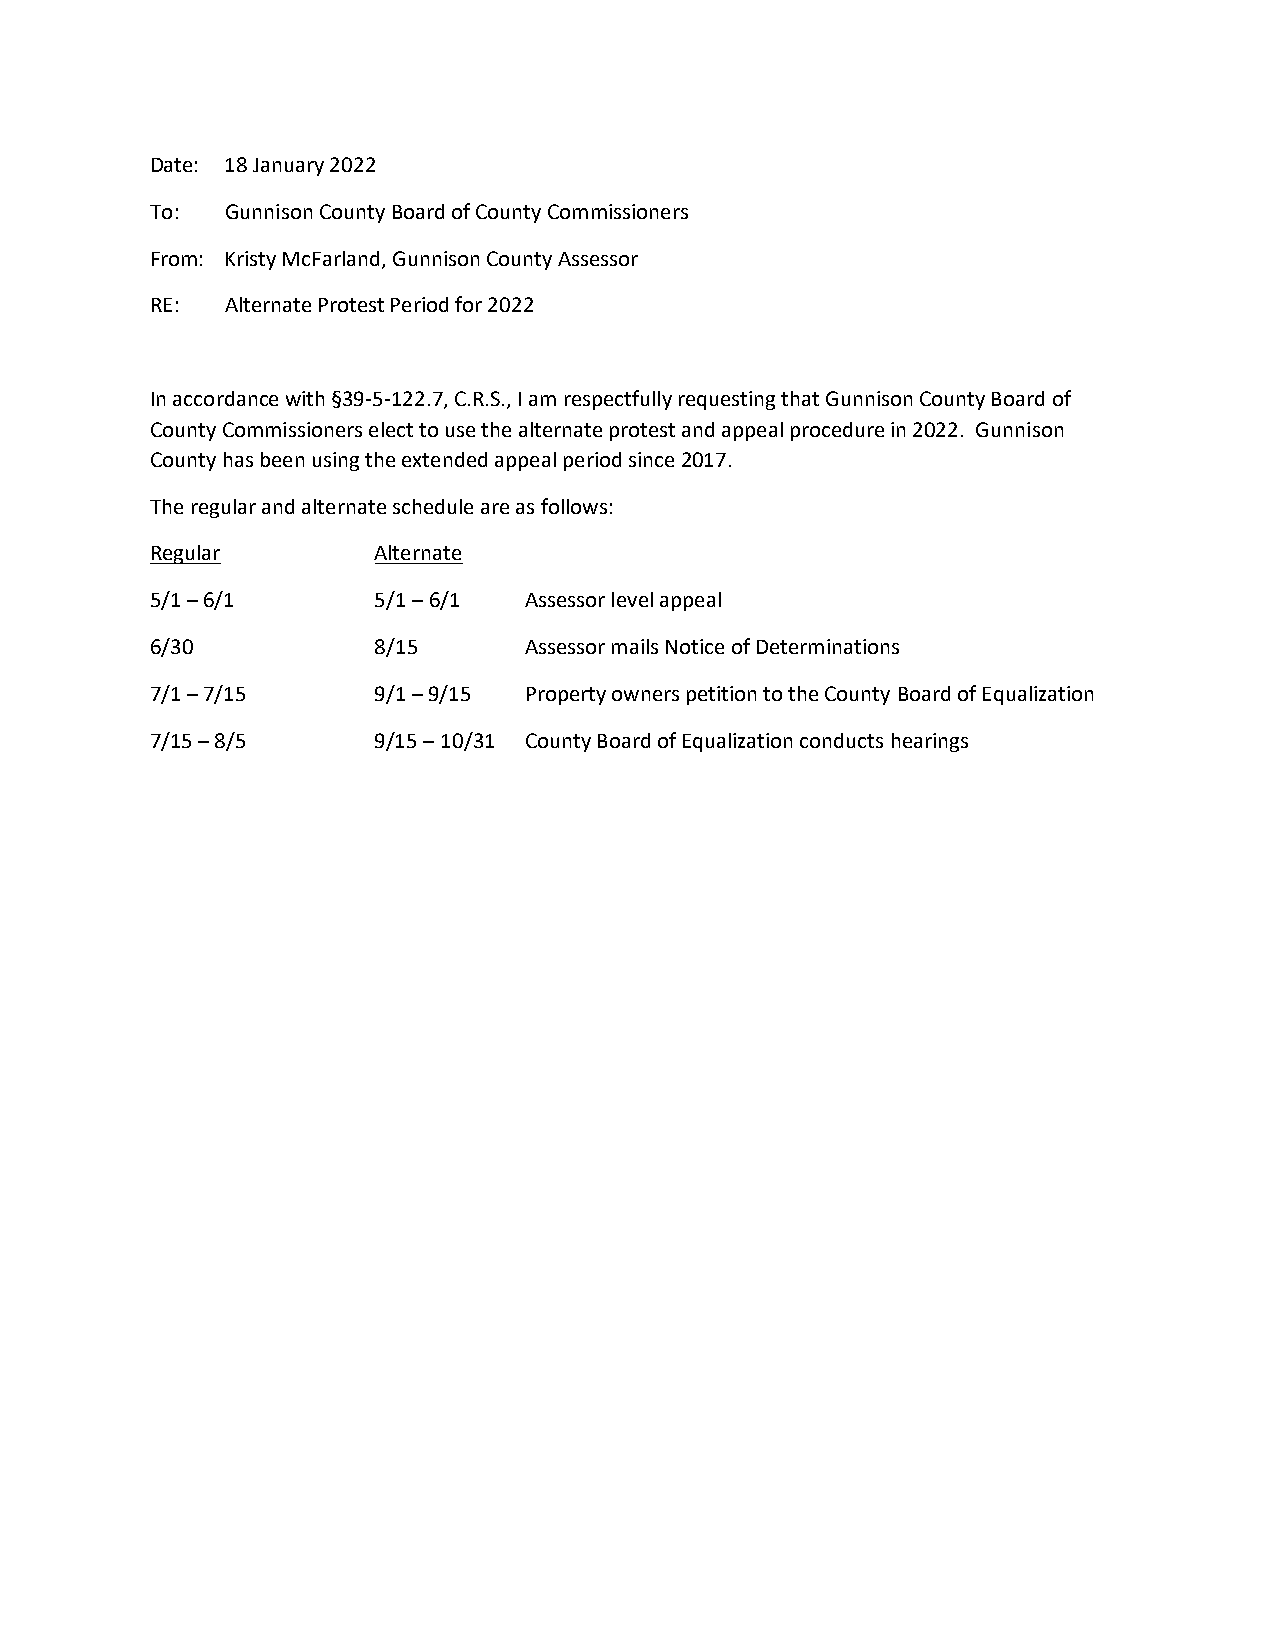
Date: 18 January 2022
 To:  Gunnison County Board of County Commissioners
 From: Kristy McFarland, Gunnison County Assessor
 RE:  Alternate Protest Period for 2022
 In accordance with §39-5-122.7, C.R.S., I am respectfully requesting that Gunnison County Board of
 County Commissioners elect to use the alternate protest and appeal procedure in 2022. Gunnison
 County has been using the extended appeal period since 2017.
 The regular and alternate schedule are as follows:
 Regular        Alternate
 5/1 – 6/1      5/1 – 6/1 Assessor level appeal
 6/30           8/15      Assessor mails Notice of Determinations
 7/1 – 7/15     9/1 – 9/15 Property owners petition to the County Board of Equalization
 7/15 – 8/5     9/15 – 10/31 County Board of Equalization conducts hearings